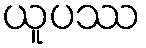
ယူပဿ